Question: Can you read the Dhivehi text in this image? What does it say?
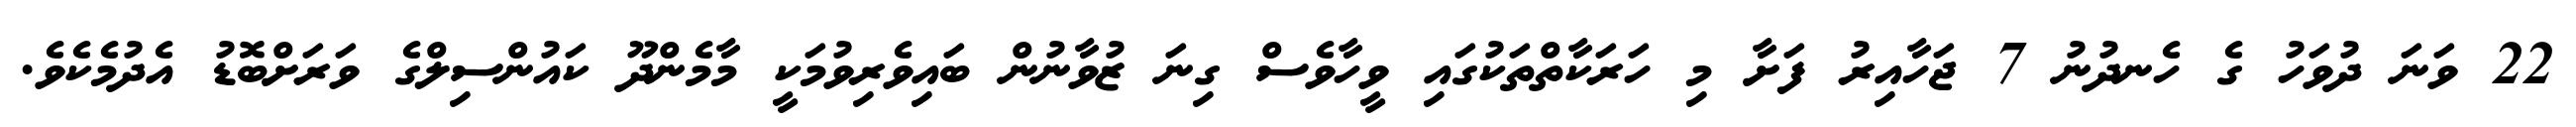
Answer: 22 ވަނަ ދުވަހު ގެ ހެނދުނު 7 ޖަހާއިރު ފަށާ މި ހަރަކާތްތަކުގައި ވީހާވެސް ގިނަ ޒުވާނުން ބައިވެރިވުމަކީ މާމެންދޫ ކައުންސިލްގެ ވަރަށްބޮޑު އެދުމެކެވެ.